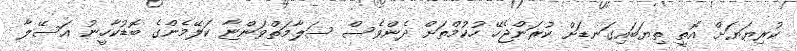
ކުރިޔަޔަށް އޮތީ ތިޔަބައިގަނޑަށް ކުރަންޖެހޭ ހުކުމްތަށް ދެންވެސް ސަލާމަތްވަންޏާ ކަލޭމެންގެ ބޮޑުކާހީނު އަސޭލާ